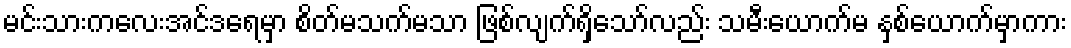
မင်းသားကလေးအင်ဒရေမှာ စိတ်မသက်မသာ ဖြစ်လျက်ရှိသော်လည်း သမီးယောက်မ နှစ်ယောက်မှာကား